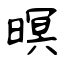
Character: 暝